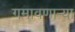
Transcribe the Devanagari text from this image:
गमावणार्‍या